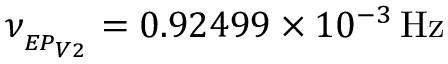
\nu _ { _ { E P _ { V 2 } } } = 0 . 9 2 4 9 9 \times 1 0 ^ { - 3 } \, \mathrm { { H z } }